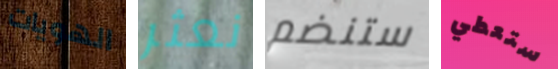
الهويات نعثر ستنضم ستعطي